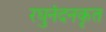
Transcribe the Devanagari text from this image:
रघुनंदनकृत